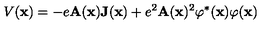
V ( { \bf x } ) = - e { \bf A } ( { \bf x } ) { \bf J } ( { \bf x } ) + e ^ { 2 } { \bf A } ( { \bf x } ) ^ { 2 } \varphi ^ { * } ( { \bf x } ) \varphi ( { \bf x } )